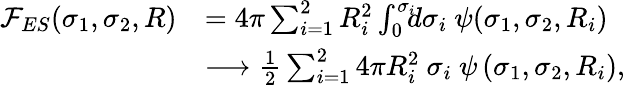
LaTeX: \begin{array}{rl}{{\mathcal F}_{ES}(\sigma_{1},\sigma_{2},R)}&{=4\pi\sum_{i=1}^{2}R_{i}^{2}\int_{0}^{\sigma_{i}}\! \! \! d\sigma_{i}~\psi(\sigma_{1},\sigma_{2},R_{i})}\\ &{\longrightarrow\frac{1}{2}\sum_{i=1}^{2}4\pi R_{i}^{2}~\sigma_{i}~\psi\left(\sigma_{1},\sigma_{2},R_{i}\right),}\end{array}